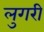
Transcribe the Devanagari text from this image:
लुगरी